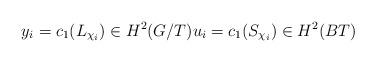
LaTeX: \begin{align*}y_i = c_1(L_{\chi_i}) \in H^2(G/T) u_i = c_1(S_{\chi_i})\in H^2(BT)\end{align*}